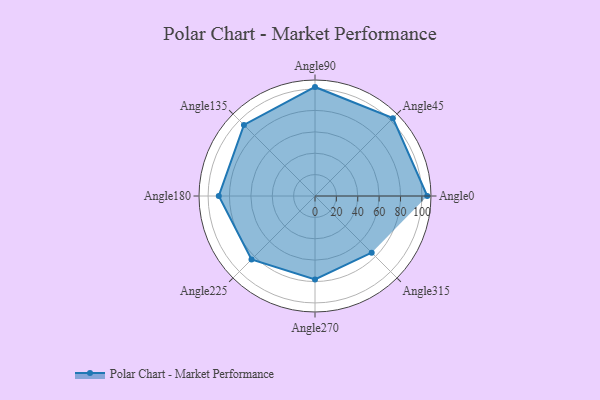
{"axis": {"x": "Angle", "y": "Radius"}, "legend": [""], "data": [{"x": "Angle0", "y": 105.0, "type": ""}, {"x": "Angle45", "y": 103.0, "type": ""}, {"x": "Angle90", "y": 102.0, "type": ""}, {"x": "Angle135", "y": 94.0, "type": ""}, {"x": "Angle180", "y": 90.0, "type": ""}, {"x": "Angle225", "y": 84.0, "type": ""}, {"x": "Angle270", "y": 78.0, "type": ""}, {"x": "Angle315", "y": 75.0, "type": ""}]}